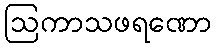
ဩကာသဖရဏော